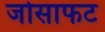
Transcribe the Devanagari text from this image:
जोसाफट